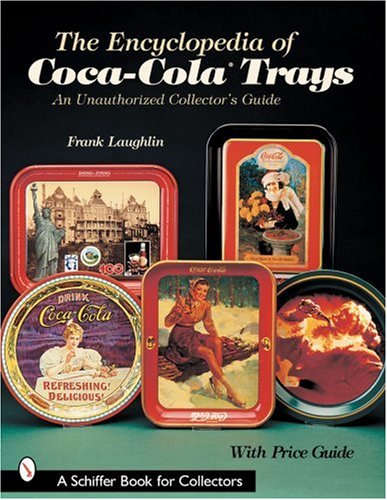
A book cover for The Encyclopedia of Coca-Cola Trays: An Unauthorized Collector's Guide; Frank Laughlin; Crafts, Hobbies & Home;